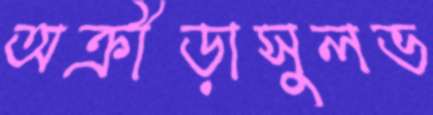
অক্রীড়াসুলভ